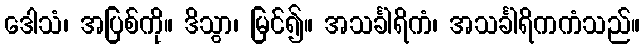
ဒေါသံ၊ အပြစ်ကို။ ဒိသွာ၊ မြင်၍။ အသင်္ခါရိကံ၊ အသင်္ခါရိကကံသည်။